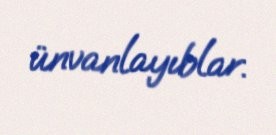
ünvanlayıblar.